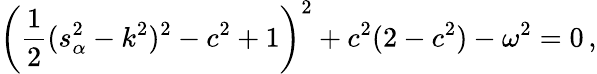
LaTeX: \left(\frac{1}{2}(s_{\alpha}^{2}-k^{2})^{2}-c^{2}+1\right)^{2}+c^{2}(2-c^{2})-\omega^{2}=0\, ,